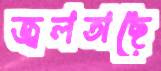
জ্বলতাছে